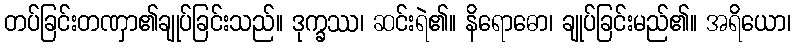
တပ်ခြင်းတဏှာ၏ချုပ်ခြင်းသည်။ ဒုက္ခဿ၊ ဆင်းရဲ၏။ နိရောဓော၊ ချုပ်ခြင်းမည်၏။ အရိယော၊